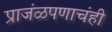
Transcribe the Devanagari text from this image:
प्राजंळपणाचंही